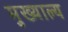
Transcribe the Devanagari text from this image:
मुख्याल्य